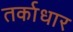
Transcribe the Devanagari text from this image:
तर्काधार